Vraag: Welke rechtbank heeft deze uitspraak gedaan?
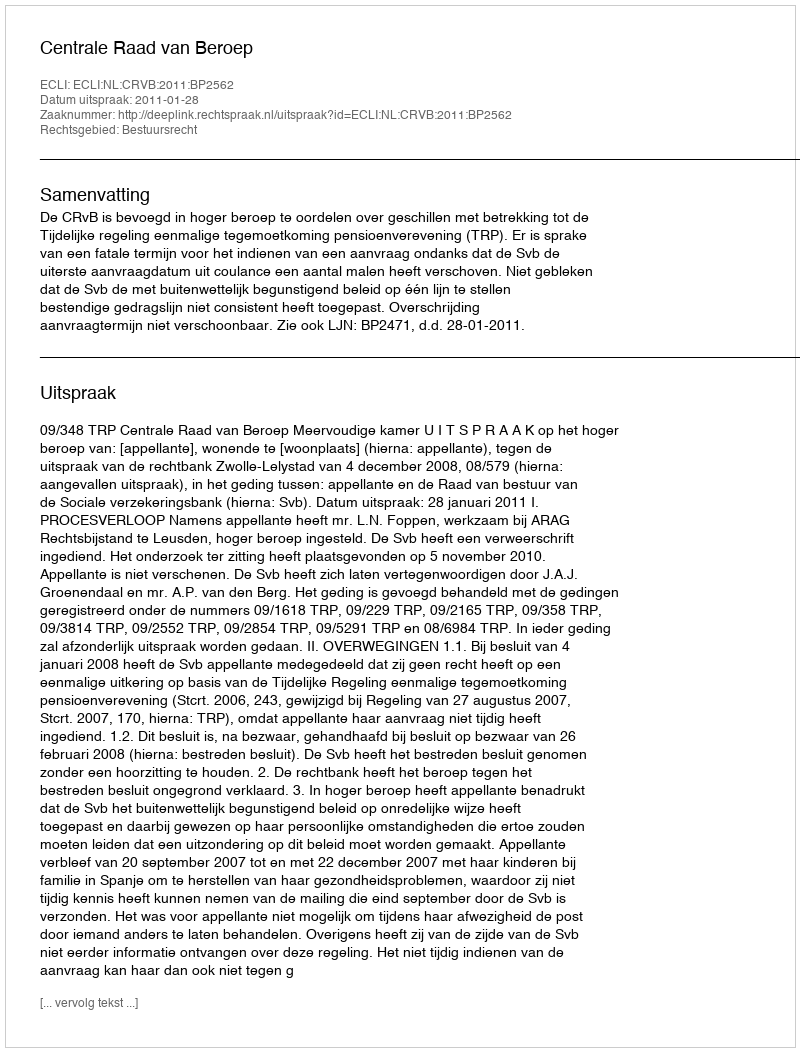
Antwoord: Centrale Raad van Beroep